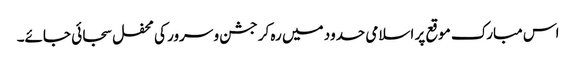
اس مبارک موقع پر اسلامی حدود میں رہ کر جشن و سرور کی محفل سجائی جائے۔